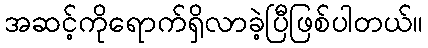
အဆင့်ကိုရောက်ရှိလာခဲ့ပြီဖြစ်ပါတယ်။